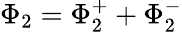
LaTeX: \Phi_{2}=\Phi_{2}^{+}+\Phi_{2}^{-}